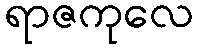
ရာဇကုလေ